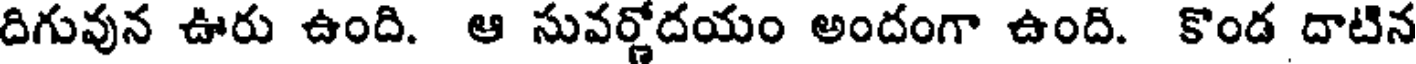
దిగువున ఊరు ఉంది. ఆ సువర్గోదయం అందంగా ఉంది. కొండ దాటిన